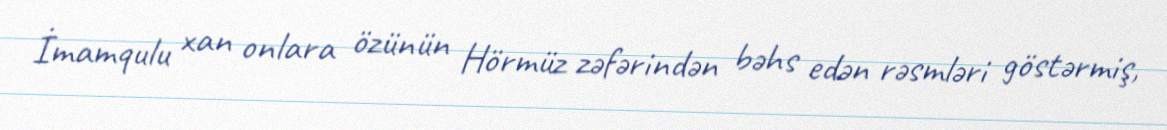
İmamqulu xan onlara özünün Hörmüz zəfərindən bəhs edən rəsmləri göstərmiş,